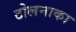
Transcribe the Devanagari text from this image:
टोलनाका